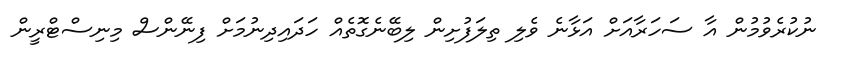
ނުކުރެވުމުން އާ ސަހަރާއަށް އަޅާނެ ވެލި ތިލަފުށިން ލިބޭނެގޮތެއް ހަދައިދިނުމަށް ފިނޭންސް މިނިސްޓްރީން